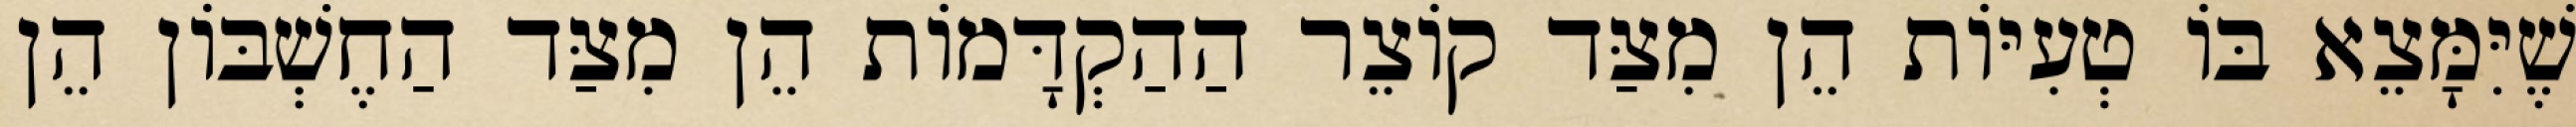
שֶׁיִּמָּצֵא בּוֹ טְעִיּוֹת הֵן מִצַּד קוֹצֵר הַהַקְדָּמוֹת הֵן מִצַּד הַחֶשְׁבּוֹן הֵן